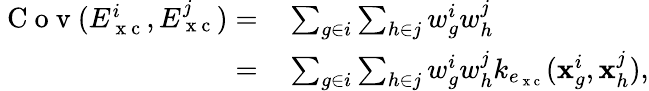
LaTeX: \begin{array}{rl}{\mathrm{~C~o~v~}(E_{\mathrm{~x~c~}}^{i},E_{\mathrm{~x~c~}}^{j})=}&{{}\sum_{g\in i}\sum_{h\in j}w_{g}^{i}w_{h}^{j}}\\ {=}&{{}\sum_{g\in i}\sum_{h\in j}w_{g}^{i}w_{h}^{j}k_{e_{\mathrm{~x~c~}}}(\mathbf{x}_{g}^{i},\mathbf{x}_{h}^{j}),}\end{array}